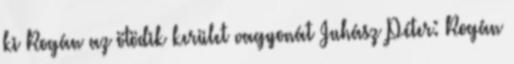
ki Rogán az ötödik kerület vagyonát Juhász Péter: Rogán